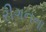
રીગનના